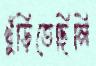
খুঁড়িতেছিলি